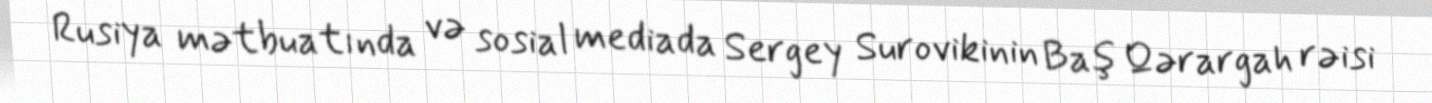
Rusiya mətbuatında və sosial mediada Sergey Surovikinin Baş Qərargah rəisi